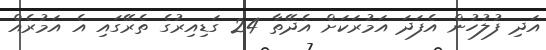
އަދި ފުލުހުން އެފަދަ އަމުރަކަށް އެދޭތާ 24 ގަޑިއިރުގެ ތެރޭގައި އެ އަމުރެއް